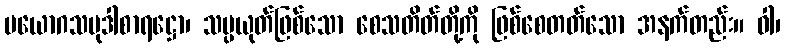
ပယောဂသမုဒါစာရဋ္ဌော၊ သမ္ပယုတ်ဖြစ်သော စေသတိတ်တို့ကို ဖြစ်စေတတ်သော အနက်တည်း။ ဝါ၊